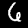
Label: 6